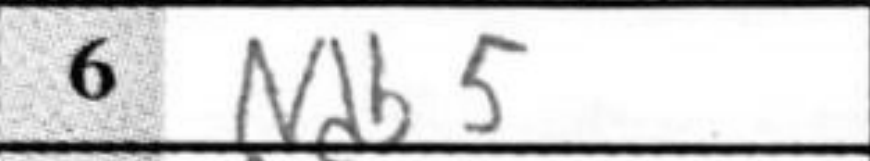
Transcription: Ndb5